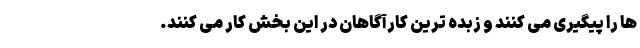
ها را پیگیری می کنند و زبده ترین کارآگاهان در این بخش کار می کنند.